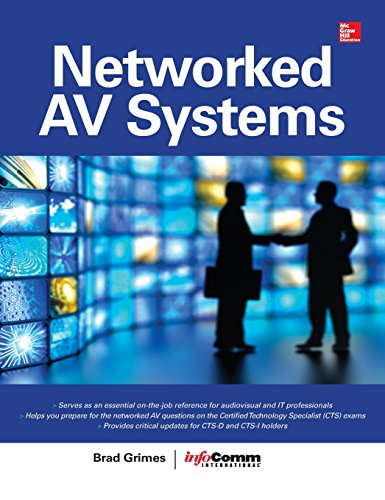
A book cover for Networked Audiovisual Systems; Brad Grimes; Science & Math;